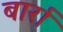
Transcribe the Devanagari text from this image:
बार्रा